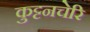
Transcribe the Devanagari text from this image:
कुट्टनचेरि